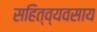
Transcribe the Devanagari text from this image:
सहित्व्यवसाय